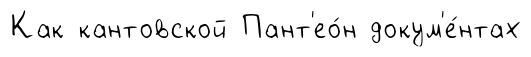
Как кантовской Пант'ео́н докум'е́нтах